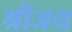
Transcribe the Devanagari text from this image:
श्रीजय